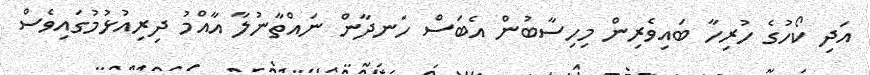
އަދި ކޯހުގެ ހުރިހާ ބައިވެރިން މިހިސާބުން އެބަސް ހަނދާން ނައްތާނުލާ އާއްމު ދިރިއުޅުމުގައިވެސް